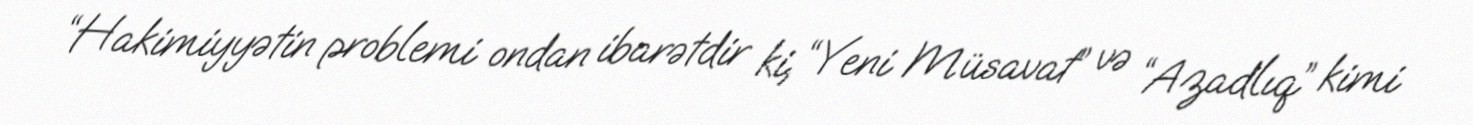
“Hakimiyyətin problemi ondan ibarətdir ki, “Yeni Müsavat” və “Azadlıq” kimi